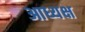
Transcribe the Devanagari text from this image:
आध्यक्ष